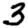
Digit: 3